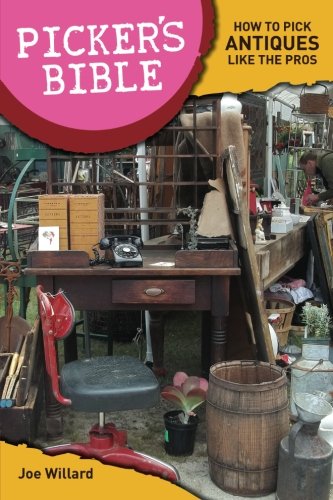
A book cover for Picker's Bible: How To Pick Antiques Like the Pros; Joe Willard; Humor & Entertainment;